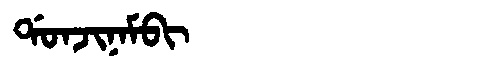
Manchu: ᡩᠣᠨᠵᡳᠨᠠᠮᠪᡳ
Romanization: DONJINAMBI